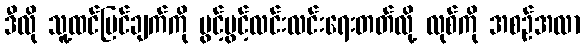
ဒီလို သူ့ထင်မြင်ချက်ကို ပွင့်ပွင့်လင်းလင်းရေးတတ်လို့ လုစ်ကို အစဉ်အလာ